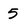
Character: 5